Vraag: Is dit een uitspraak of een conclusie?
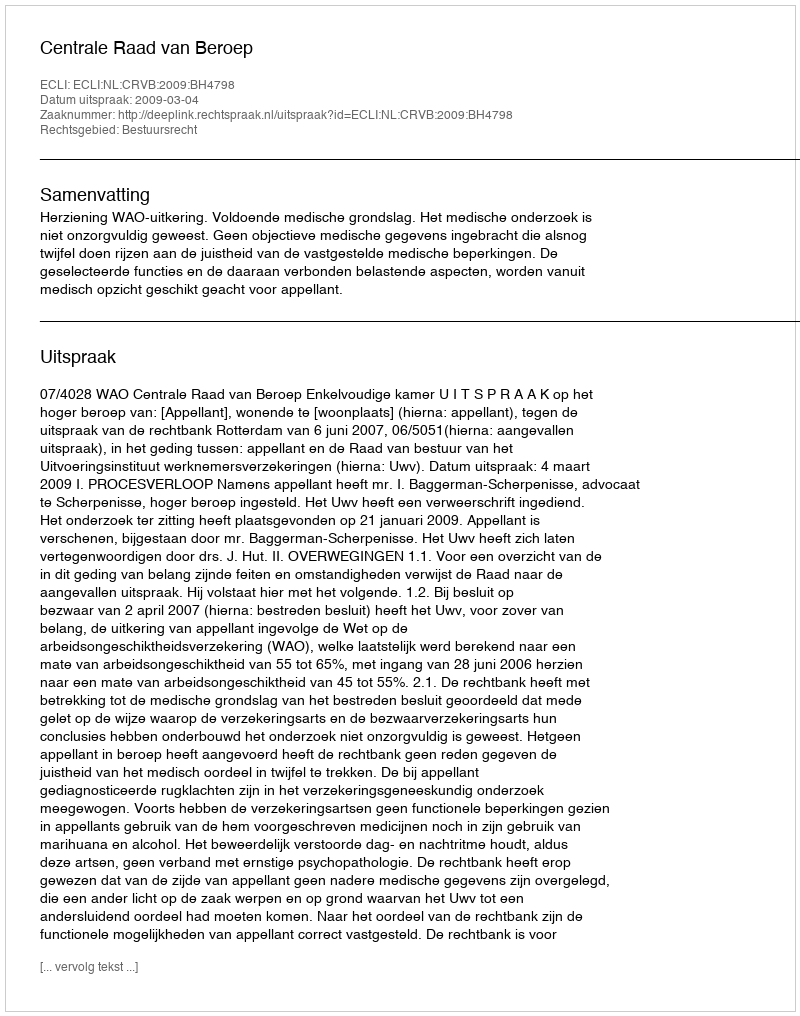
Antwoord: Uitspraak